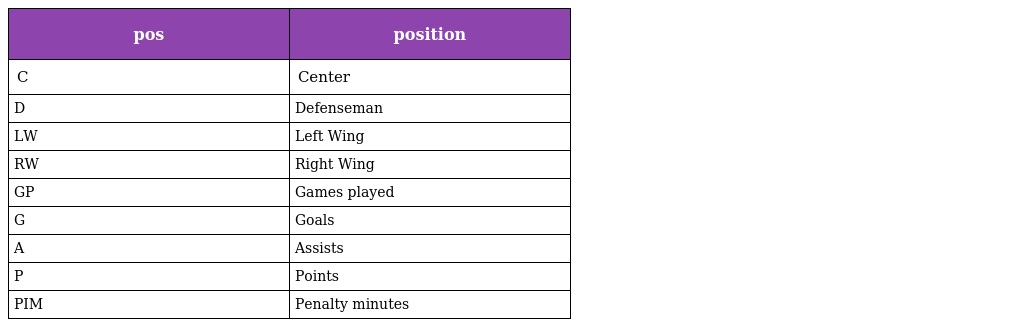
| pos | position |
 | --- | --- |
 | C | Center |
 | D | Defenseman |
 | LW | Left Wing |
 | RW | Right Wing |
 | GP | Games played |
 | G | Goals |
 | A | Assists |
 | P | Points |
 | PIM | Penalty minutes |